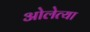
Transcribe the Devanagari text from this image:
ओलेत्या